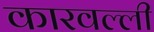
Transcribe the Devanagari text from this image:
कारवल्ली